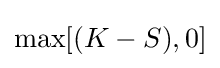
\max[(K-S),0]